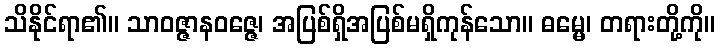
သိနိုင်ရာ၏။ သာဝဇ္ဇာနဝဇ္ဇေ၊ အပြစ်ရှိအပြစ်မရှိကုန်သော။ ဓမ္မေ၊ တရားတို့ကို။